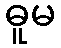
ဓူမ